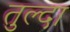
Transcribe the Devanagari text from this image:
तुल्दा